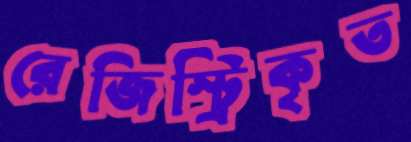
রেজিস্ট্রিকৃত